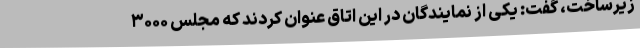
زیرساخت، گفت: یکی از نمایندگان در این اتاق عنوان کردند که مجلس ۳۰۰۰